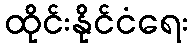
ထိုင်းနိုင်ငံရေး